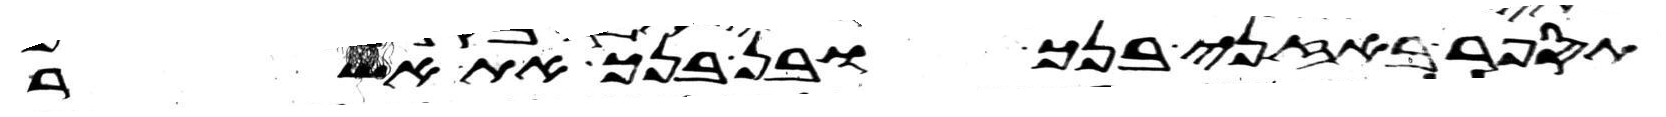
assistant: תספר באזני בנך ובן בנך את אשר